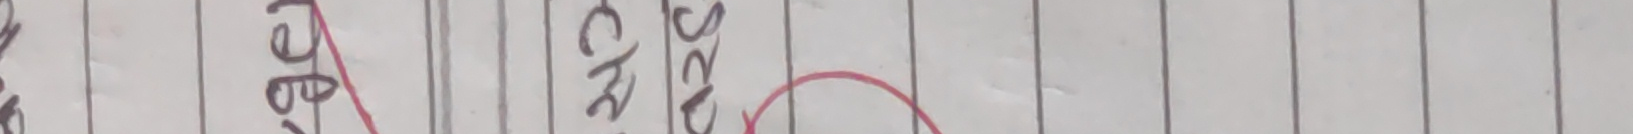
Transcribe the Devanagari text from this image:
देशै